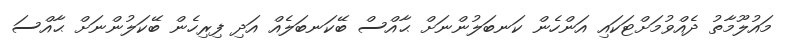
މައުލޫމާތު ދެއްވުމަށްޓަކައި އަންހެން ކަނބަލުންނަށް ޙާއްސް ބޭކަނބަލެއް އަދި ފިރިހެން ބޭކަލުންނަށް ޙާއްސަ